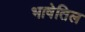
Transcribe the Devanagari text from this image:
भाषेतिल